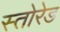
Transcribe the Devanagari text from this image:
स्तोरेड